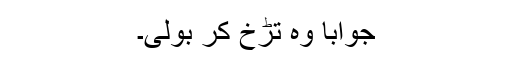
جواباً وہ تڑخ کر بولی۔